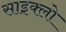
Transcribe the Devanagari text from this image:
साइक्लो